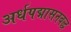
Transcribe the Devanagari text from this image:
अर्धपद्मासनबद्ध